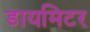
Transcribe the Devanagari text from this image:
डायमिटर